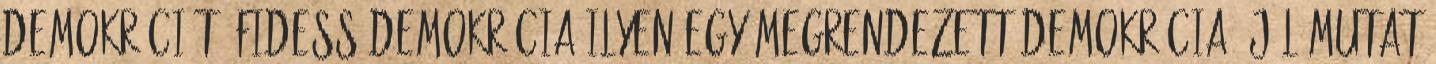
demokráciát. FideSS demokrácia ilyen egy megrendezett demokrácia, JÓL MUTAT